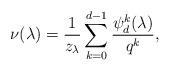
LaTeX: \begin{align*} \nu(\lambda) = \frac{1}{z_\lambda}\sum_{k=0}^{d-1} \frac{\psi_d^k(\lambda)}{q^k},\end{align*}